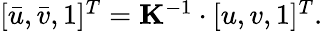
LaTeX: \begin{array}{r}{[\bar{u},\bar{v},1]^{T}=\mathbf{K}^{-1}\cdot[u,v,1]^{T}.}\end{array}